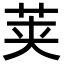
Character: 荚